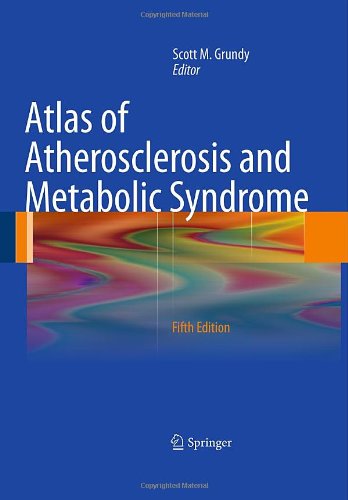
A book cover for Atlas of Atherosclerosis and Metabolic Syndrome; Medical Books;